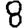
Digit: 8